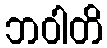
ဘဝါတိ